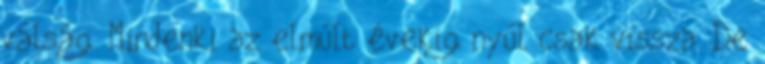
válság. Mindenki az elmúlt évekig nyúl csak vissza. De